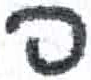
אות: פ